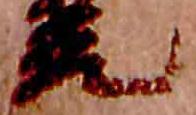
元